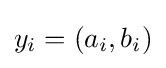
y_{i}=(a_{i},b_{i})